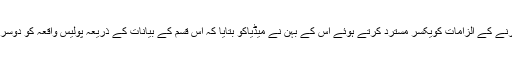
نجیب پر ذہنی تناؤ کے ادوایات کا استعمال کرنے کے الزامات کویکسر مسترد کرتے ہوئے اس کے بہن نے میڈیاکو بتایا کہ اس قسم کے بیانات کے ذریعہ پولیس واقعہ کو دوسرے موڑ پر لے جانے کی کوشش کررہی ہے۔